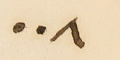
٠٠٨